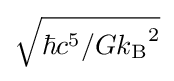
{\sqrt {{\hbar c^{5}}/{G{k_{\text{B}}}^{2}}}}